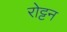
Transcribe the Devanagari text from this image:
रोट्टन